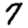
Digit: 7